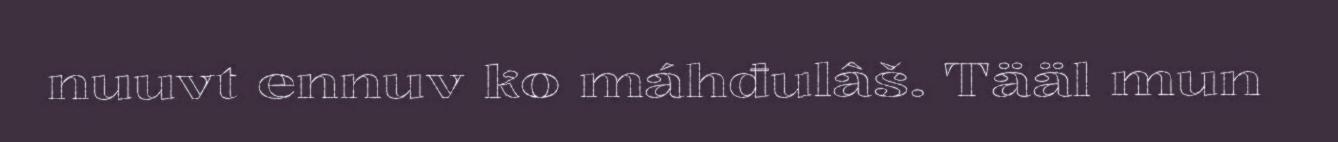
nuuvt ennuv ko máhđulâš. Tääl mun